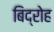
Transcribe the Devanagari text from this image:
बिद्रोह